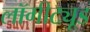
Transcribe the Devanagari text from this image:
लॉगीट्यूड